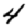
Digit: 4